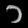
Digit: ၁